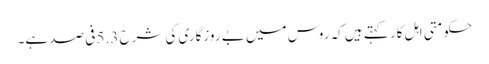
حکومتی اہل کار کہتے ہیں کہ روس میں بے روزگاری کی شرح 5.3 فی صد ہے۔